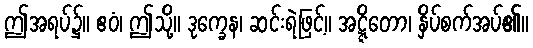
ဤအရပ်၌။ ဧဝံ၊ ဤသို့။ ဒုက္ခေန၊ ဆင်းရဲဖြင့်။ အဋ္ဋိတော၊ နှိပ်စက်အပ်၏။